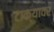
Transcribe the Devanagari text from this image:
टाक्यावर